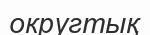
округтық